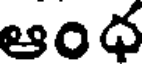
ఆంధ